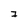
Character: 7